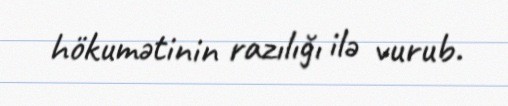
hökumətinin razılığı ilə vurub.